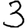
Digit: 3